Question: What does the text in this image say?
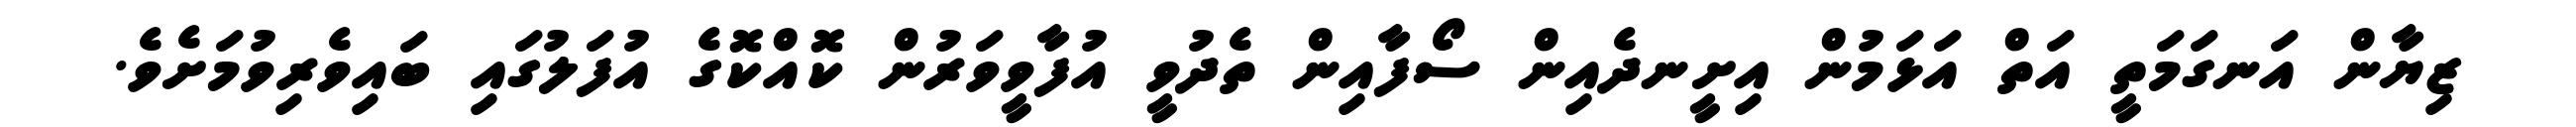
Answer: ޒިޔާން އަނގަމަތީ އަތް އަޅަމުން އިށީނދެއިން ސޯފާއިން ތެދުވީ އުފާވީވަރުން ކޮއްކޮގެ އުފަލުގައި ބައިވެރިވުމަށެވެ.